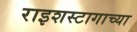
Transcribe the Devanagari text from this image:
राइशस्टागाच्या